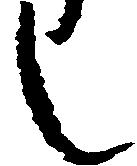
し